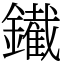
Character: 䥫